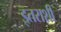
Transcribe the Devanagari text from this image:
इतराशी